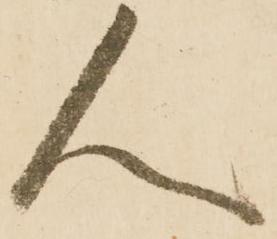
人